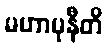
မဟာမုနီတိ